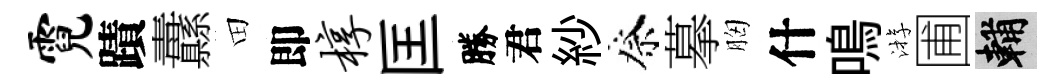
霓蹟纛田即椁匡勝君紗祭摹胸什鳴㳺圃輔